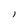
Character: 1